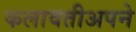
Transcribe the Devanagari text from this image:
कलावतीअपने